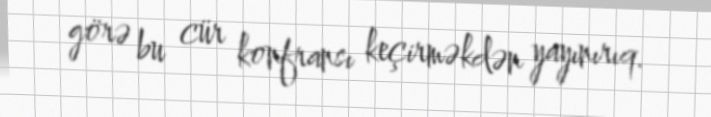
görə bu cür konfransı keçirməkdən yayınırıq.